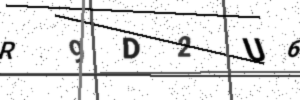
Text: R9D2U6